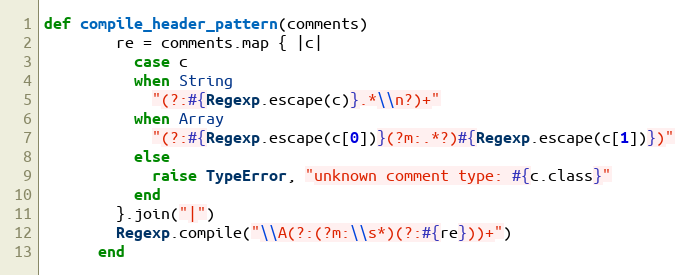
Language: Ruby
def compile_header_pattern(comments)
        re = comments.map { |c|
          case c
          when String
            "(?:#{Regexp.escape(c)}.*\\n?)+"
          when Array
            "(?:#{Regexp.escape(c[0])}(?m:.*?)#{Regexp.escape(c[1])})"
          else
            raise TypeError, "unknown comment type: #{c.class}"
          end
        }.join("|")
        Regexp.compile("\\A(?:(?m:\\s*)(?:#{re}))+")
      end